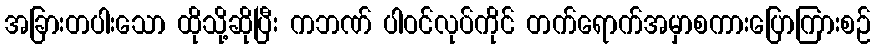
အခြားတပါးသော ထိုသို့ဆိုပြီး ကဘဏ် ပါဝင်လုပ်ကိုင် တက်ရောက်အမှာစကားပြောကြားစဉ်